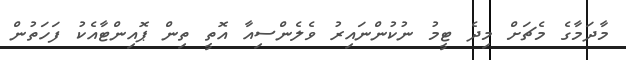
މާދަމާގެ މެޗަށް މިދެ ޓީމު ނުކުންނައިރު ވެލެންސިއާ އޮތީ ތިން ޕޮއިންޓާއެކު ފަހަތުން